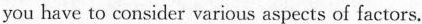
you have to consider various aspects of factors.